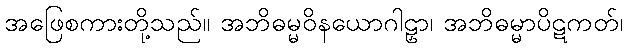
အဖြေစကားတို့သည်။ အဘိဓမ္မဝိနယောဂါဠှာ၊ အဘိဓမ္မာပိဋကတ်၊